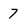
Character: 7